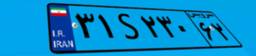
۳۱S۲۳۰۶۲